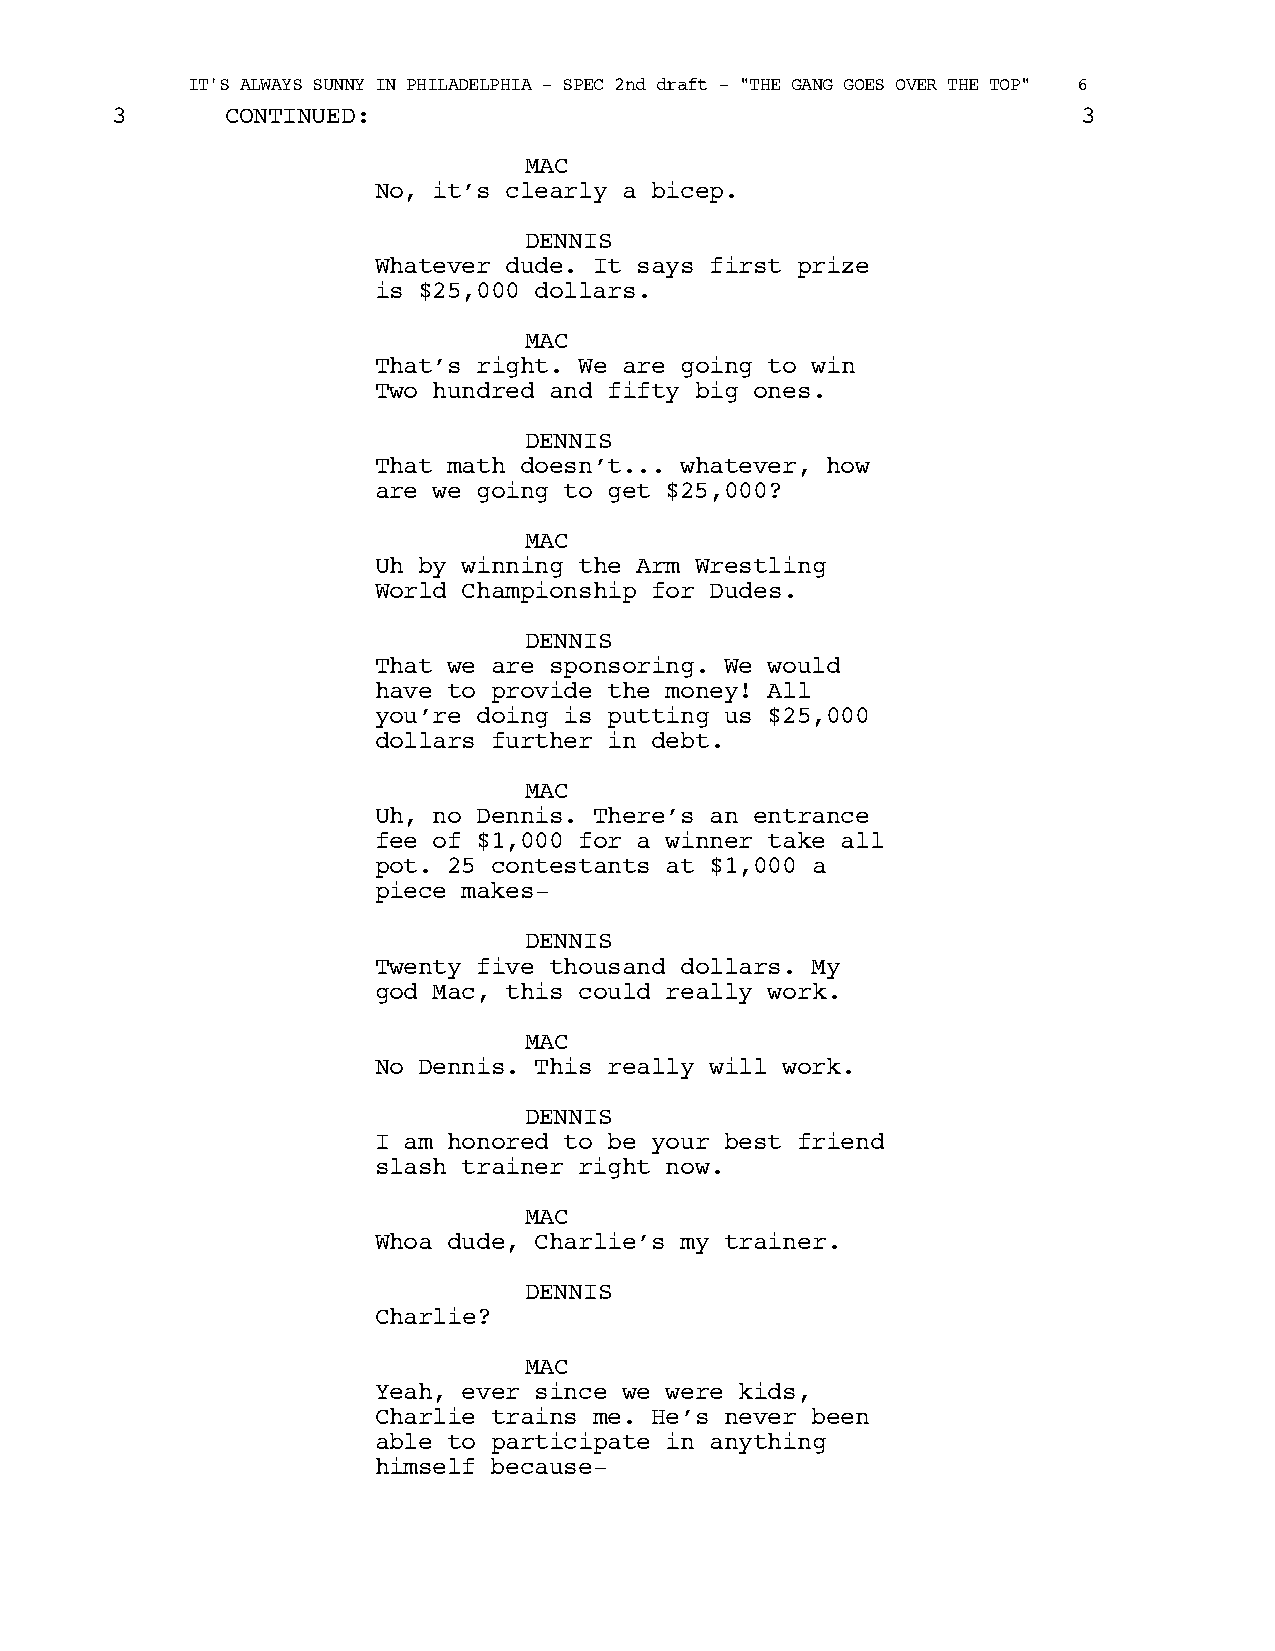
IT'S ALWAYS SUNNY IN PHILADELPHIA - SPEC 2nd draft - "THE GANG GOES OVER THE TOP" 6
 3       CONTINUED:                                               3
 MAC
 No, it’s clearly a bicep.
 DENNIS
 Whatever dude. It says first prize
 is $25,000 dollars.
 MAC
 That’s right. We are going to win
 Two hundred and fifty big ones.
 DENNIS
 That math doesn’t... whatever, how
 are we going to get $25,000?
 MAC
 Uh by winning the Arm Wrestling
 World Championship for Dudes.
 DENNIS
 That we are sponsoring. We would
 have to provide the money! All
 you’re doing is putting us $25,000
 dollars further in debt.
 MAC
 Uh, no Dennis. There’s an entrance
 fee of $1,000 for a winner take all
 pot. 25 contestants at $1,000 a
 piece makes-
 DENNIS
 Twenty five thousand dollars. My
 god Mac, this could really work.
 MAC
 No Dennis. This really will work.
 DENNIS
 I am honored to be your best friend
 slash trainer right now.
 MAC
 Whoa dude, Charlie’s my trainer.
 DENNIS
 Charlie?
 MAC
 Yeah, ever since we were kids,
 Charlie trains me. He’s never been
 able to participate in anything
 himself because-